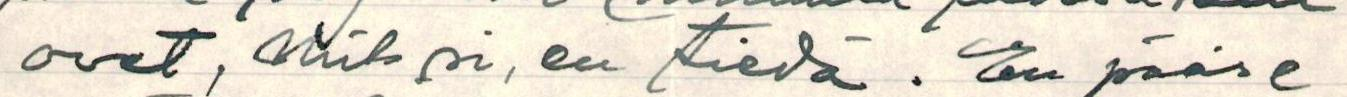
ovet, miksi, en tiedä. En pääse